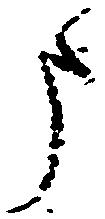
申